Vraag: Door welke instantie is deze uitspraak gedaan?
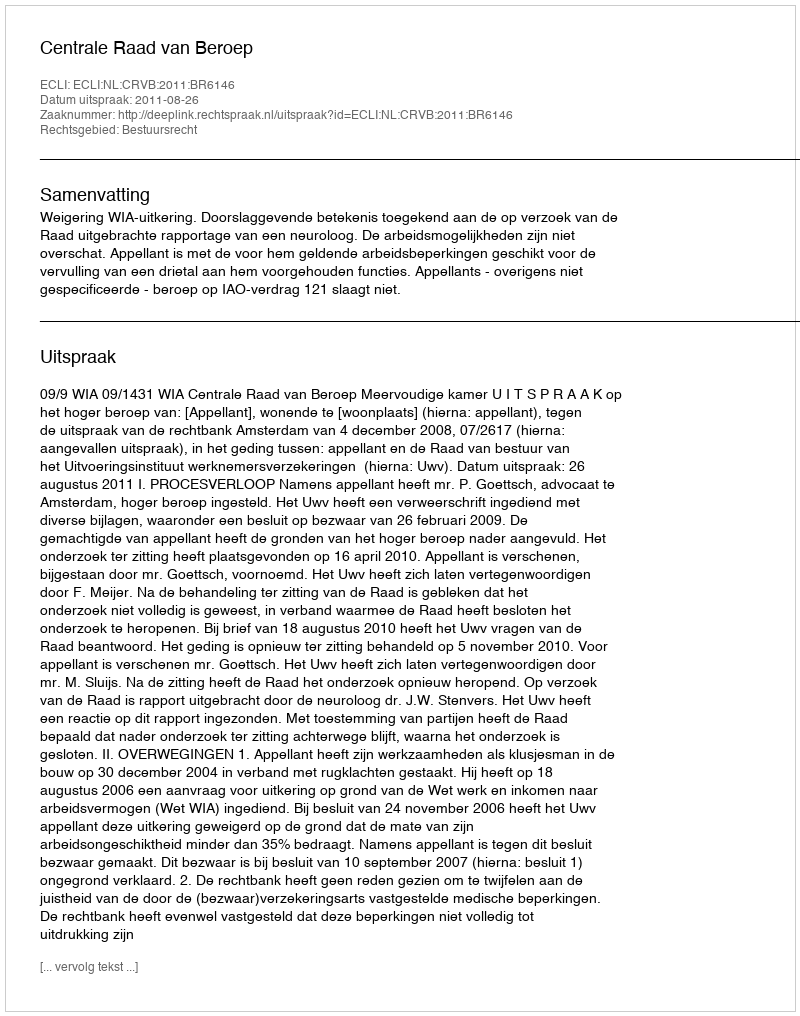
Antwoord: Centrale Raad van Beroep